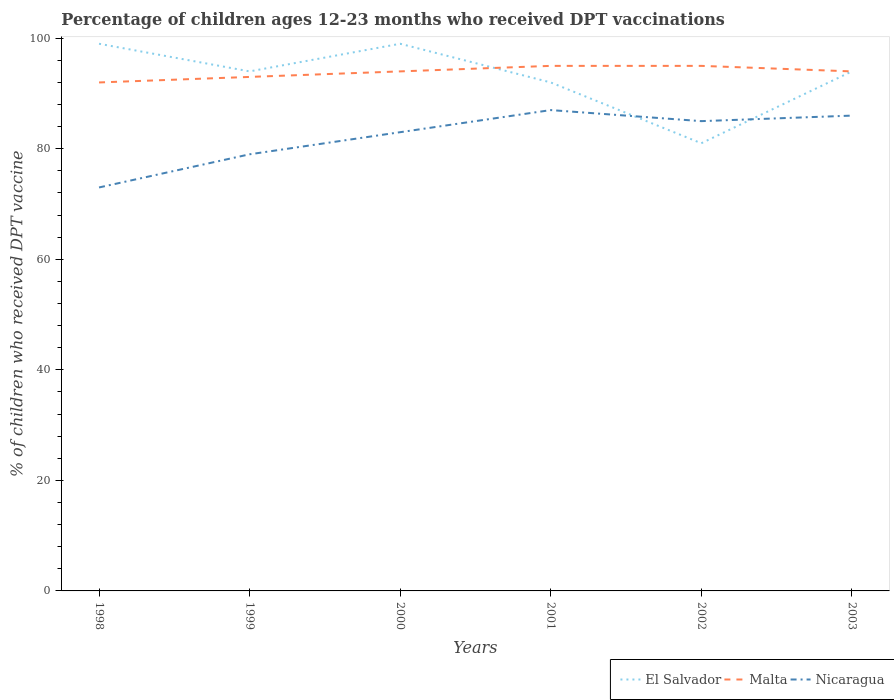
| Years | El Salvador | Malta | Nicaragua |
 | --- | --- | --- | --- |
 | 1998 | 99 | 92 | 73 |
 | 1999 | 94 | 93 | 79 |
 | 2000 | 99 | 94 | 83 |
 | 2001 | 92 | 95 | 87 |
 | 2002 | 81 | 95 | 85 |
 | 2003 | 94 | 94 | 86 |